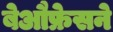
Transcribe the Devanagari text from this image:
बेऔफ्रेसने